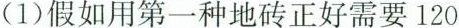
(1)假如用第一种地砖正好需要120